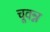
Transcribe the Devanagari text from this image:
चूवन्न